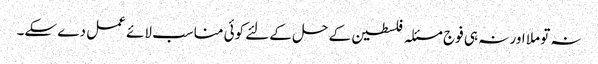
نہ تو ملا اور نہ ہی فوج مسئلہ فلسطین کے حل کے لئے کوئی مناسب لائے عمل دے سکے۔